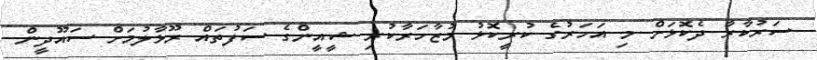
ސަރުކާރާ ދެކޮޅަށް މި އަހަރުގެ ކުރީކޮޅު މުޒާހަރާކުރި ޝީއީންގެ ސަފުތައް ރޫޅާލުމަށް ސައޫދީން